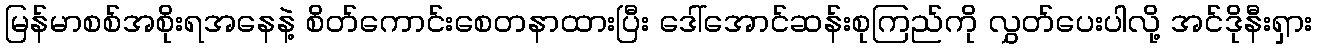
မြန်မာစစ်အစိုးရအနေနဲ့ စိတ်ကောင်းစေတနာထားပြီး ဒေါ်အောင်ဆန်းစုကြည်ကို လွှတ်ပေးပါလို့ အင်ဒိုနီးရှား